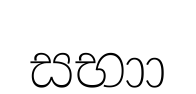
සභාා